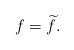
LaTeX: \begin{align*}f=\widetilde{f}.\end{align*}